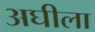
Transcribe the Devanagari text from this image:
अघीला